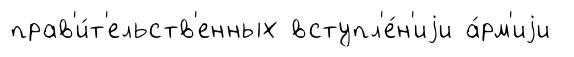
прав'и́т'ельств'енных вступл'е́н'иjи а́рм'иjи